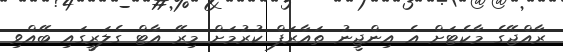
ރާއްޖޭގެ މާކެޓަށް އެ އިންޖީނު ތައާރަފް ކުރުމަށް މިރޭ އާޓް ގެލަރީގައި ބޭއްވި